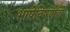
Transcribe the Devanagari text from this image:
भाषेविषयीची